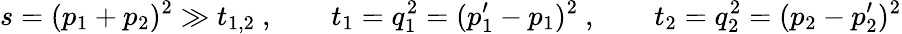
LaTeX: s=(p_{1}+p_{2})^{2}\gg t_{1,2}~,\qquad t_{1}=q_{1}^{2}=(p_{1}^{\prime}-p_{1})^{2}~,\qquad t_{2}=q_{2}^{2}=(p_{2}-p_{2}^{\prime})^{2}